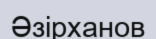
Әзірханов